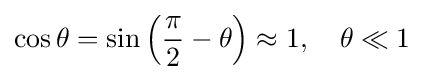
\cos \theta =\sin \left({\frac {\pi }{2}}-\theta \right)\approx 1,\quad \theta \ll 1